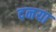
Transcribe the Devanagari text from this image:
दनया